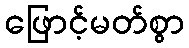
ဖြောင့်မတ်စွာ